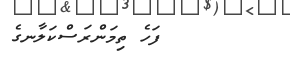
ފަހެ ތިމަންރަސްކަލާނގެ